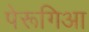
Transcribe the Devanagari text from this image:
पेरूगिआ